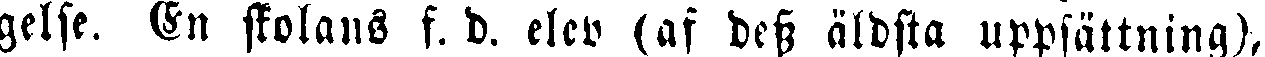
gelse. En skolans f. d. elev (af dess äldsta uppsättning),